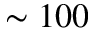
\sim 1 0 0